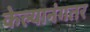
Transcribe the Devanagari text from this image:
केल्यानंगतर